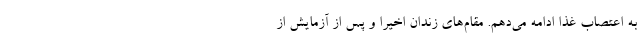
به اعتصاب غذا ادامه می‌دهم. مقام‌های زندان اخیرا و پس از آزمایش از